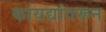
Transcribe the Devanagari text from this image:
कायद्यांवरून